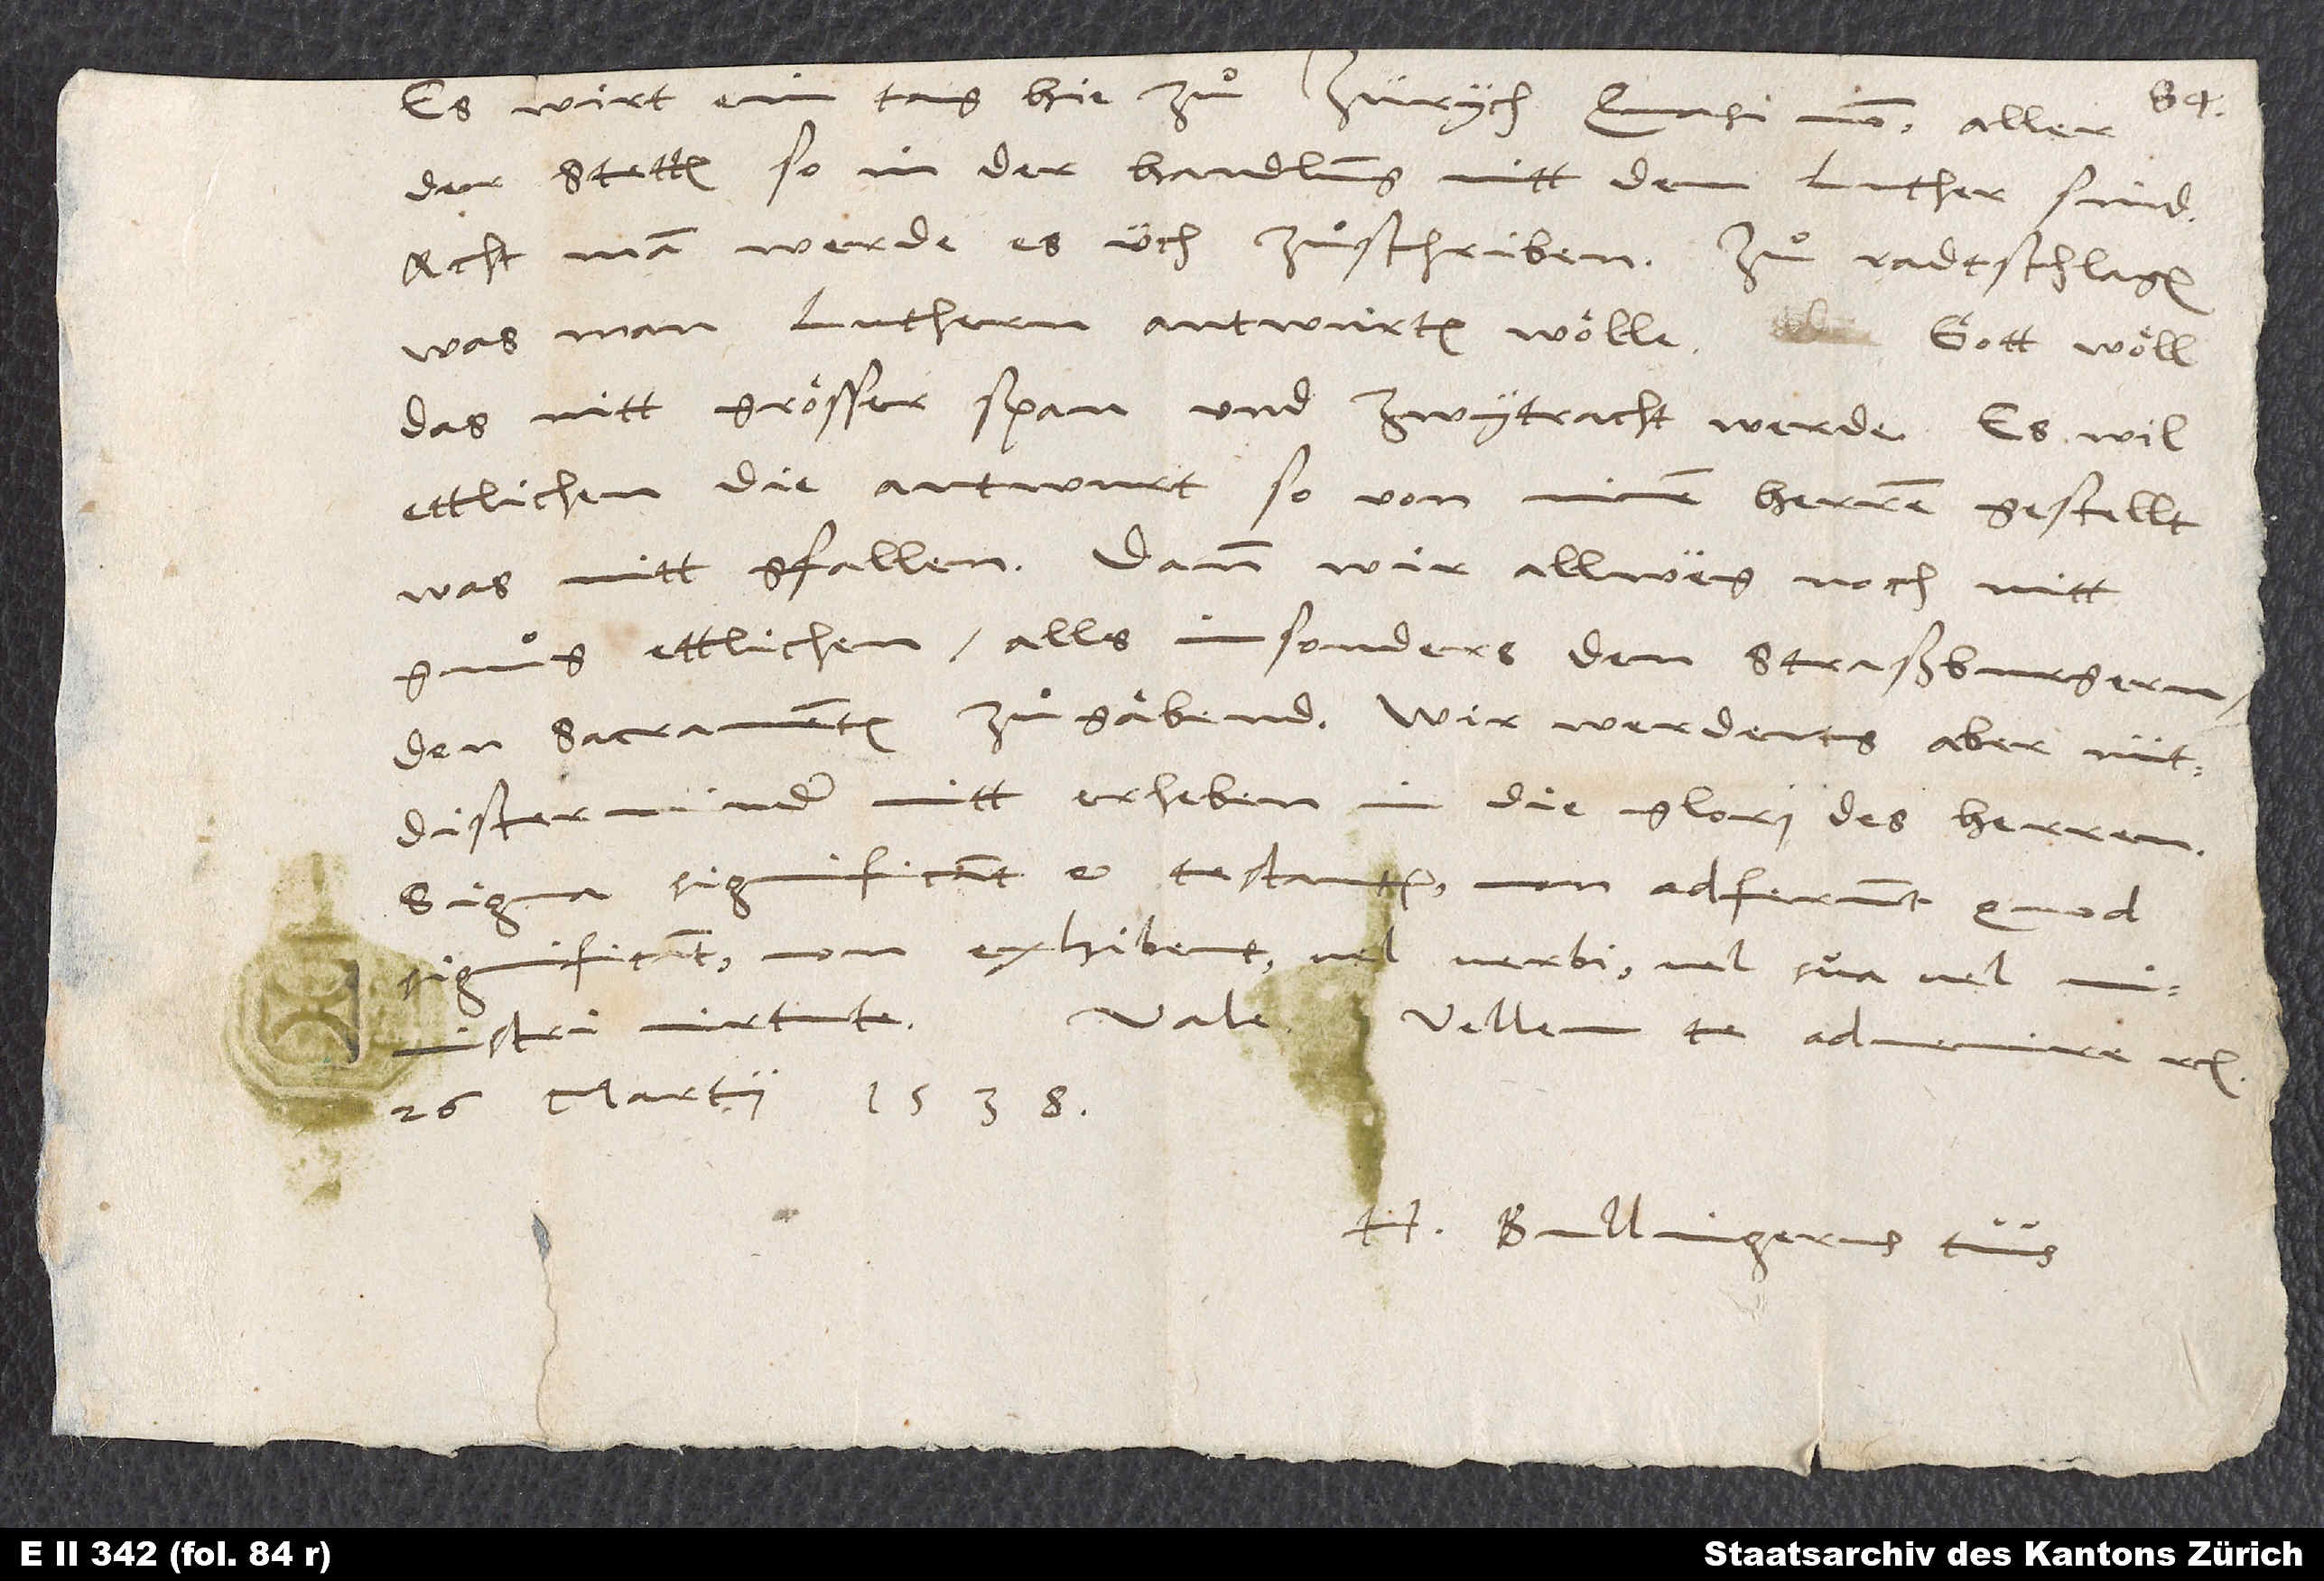
der stetten, so in der handlung mitt dem Luther sind
acht, man werde es üch zuͦschriben - zuͦ radtschlagen,
was man Luthern antwurten wölle. Gott wöll,
das nitt grösser span und zwytracht werde. Es wil
ettlichen die antwurt, so von minen herren gestellt
was, nitt gfallen. Dann wir allwäg noch nitt
gnuͦg ettlichen, alls insonders den Straßburgern,
den sacramenten zuͦgäbend. Wir werdents aber nüt
dister minder nitt erheben in die glori des herren.
Signa significant et testantur; non adferunt quod
significant, non exhibent vel verbi vel sua vel
ministri virtute.
Vale. Vellem te advenire etc.
26 Martii 1538.
Bullingerus tuus.